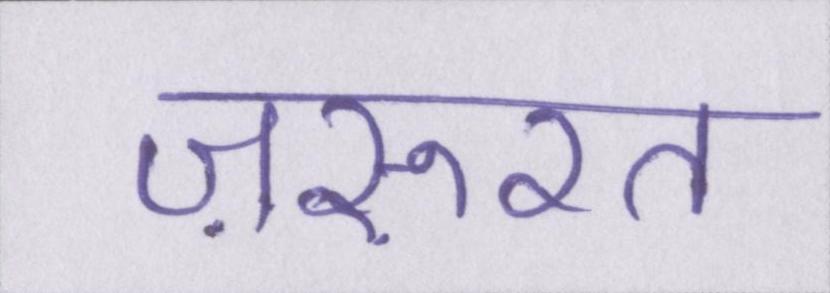
ज़रूरत